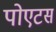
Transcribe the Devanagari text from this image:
पोएटस